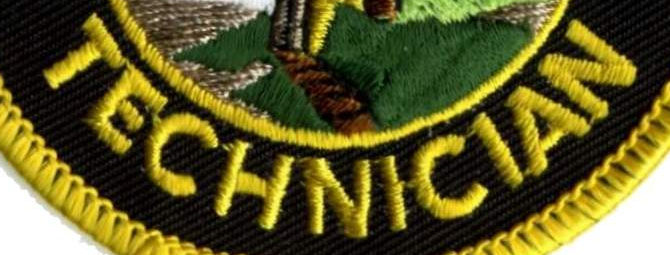
TECHNICIAN